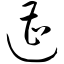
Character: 遭